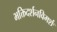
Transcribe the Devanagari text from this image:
भक्तिदर्शनविमर्शः